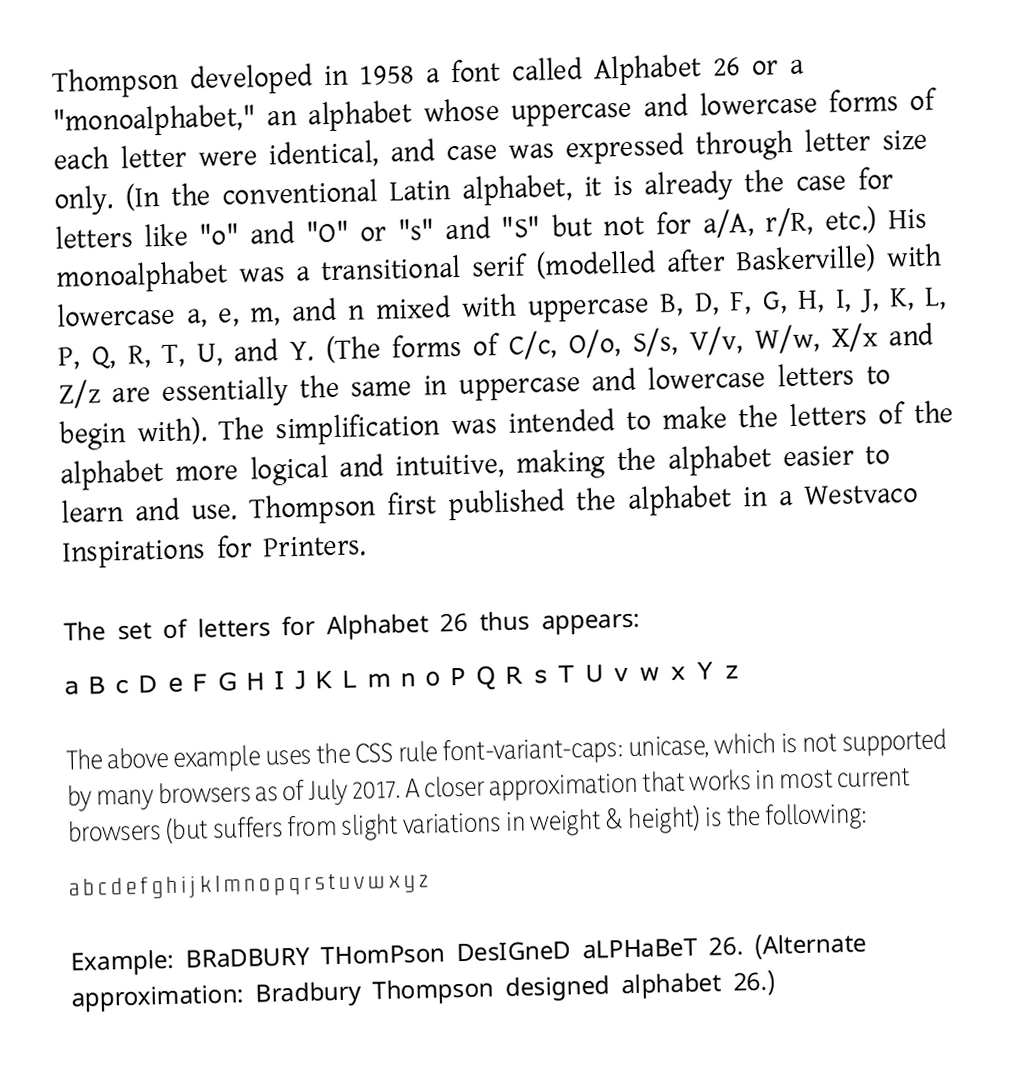
Thompson developed in 1958 a font called Alphabet 26 or a "monoalphabet," an alphabet whose uppercase and lowercase forms of each letter were identical, and case was expressed through letter size only. (In the conventional Latin alphabet, it is already the case for letters like "o" and "O" or "s" and "S" but not for a/A, r/R, etc.) His monoalphabet was a transitional serif (modelled after Baskerville) with lowercase a, e, m, and n mixed with uppercase B, D, F, G, H, I, J, K, L, P, Q, R, T, U, and Y. (The forms of C/c, O/o, S/s, V/v, W/w, X/x and Z/z are essentially the same in uppercase and lowercase letters to begin with). The simplification was intended to make the letters of the alphabet more logical and intuitive, making the alphabet easier to learn and use. Thompson first published the alphabet in a Westvaco Inspirations for Printers.

The set of letters for Alphabet 26 thus appears:
a B c D e F G H I J K L m n o P Q R s T U v w x Y z

The above example uses the CSS rule font-variant-caps: unicase, which is not supported by many browsers as of July 2017.  A closer approximation that works in most current browsers (but suffers from slight variations in weight & height) is the following:
a b c d e f g h i j k l m n o p q r s t u v w x y z

Example: BRaDBURY THomPson DesIGneD aLPHaBeT 26.  (Alternate approximation: Bradbury Thompson designed alphabet 26.)